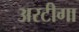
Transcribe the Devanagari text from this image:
अरटीगा